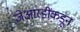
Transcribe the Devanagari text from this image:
जेआरडींकडून